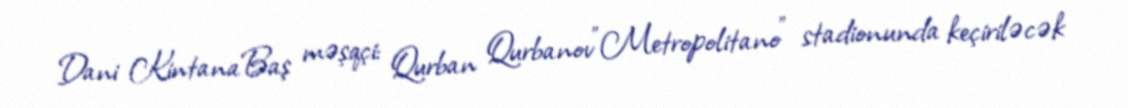
Dani KintanaBaş məşqçi: Qurban Qurbanov"Metropolitano" stadionunda keçiriləcək